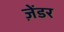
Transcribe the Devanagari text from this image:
ज़ेंडर